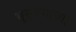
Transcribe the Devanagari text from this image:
भूसुरूंगाच्या